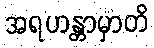
အရဟန္တာမှာတိ